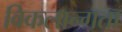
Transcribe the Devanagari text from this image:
विकलान्गता